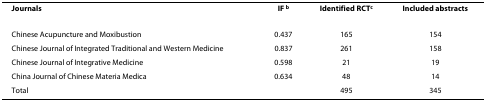
| Journals | IF b | Identified RCTc | Included abstracts |
 | --- | --- | --- | --- |
 | Chinese Acupuncture and Moxibustion | 0.437 | 165 | 154 |
 | Chinese Journal of Integrated Traditional and Western Medicine | 0.837 | 261 | 158 |
 | Chinese Journal of Integrative Medicine | 0.598 | 21 | 19 |
 | China Journal of Chinese Materia Medica | 0.634 | 48 | 14 |
 | Total |  | 495 | 345 |